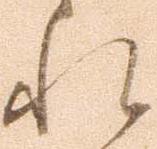
れ